Report of the Indian Hemp Drugs Commission, 1894-1895 - Volume VI
Year: 1894
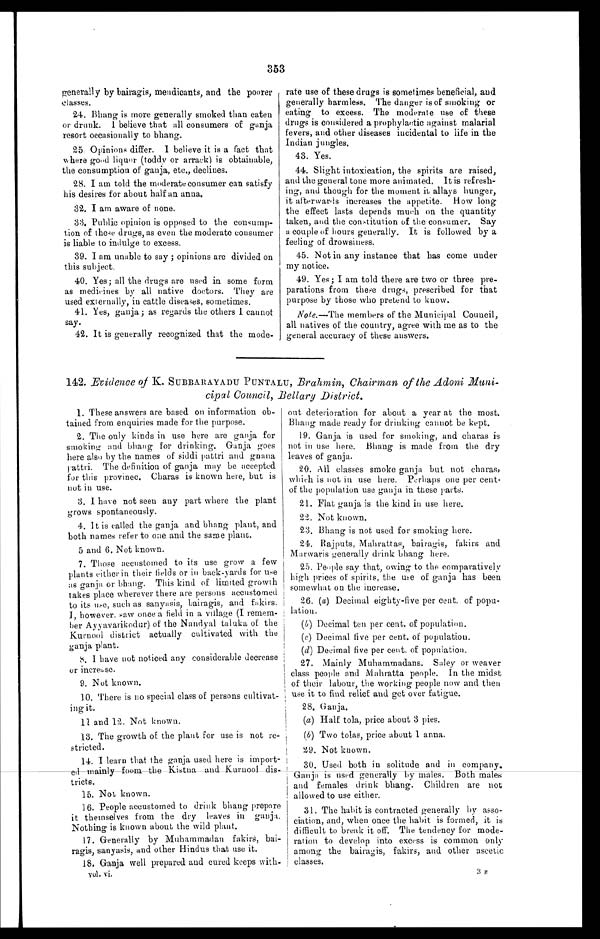
353
generally by bairagis, mendicants, and the poorer
classes.
24.
Bhang is more generally smoked than eaten
or drunk. I believe that all consumers of ganja
resort occasionally to bhang.
25. Opinions differ. I believe it is a fact that
where good liquor (toddy or arrack) is obtainable,
the consumption of ganja, etc., declines.
28. I am told the moderate consumer can satisfy
his desires for about half an anna.
32. I am aware of none.
33. Public opinion is opposed to the consump-
tion of these drugs, as even the moderate consumer
is liable to indulge to excess.
39.
I am unable to say ; opinions are divided on
this subject.
40. Yes; all the drugs are used in some form
as medicines by all native doctors, They are
used externally, in cattle diseases, sometimes.
41. Yes, ganja; as regards the others I cannot
say.
42. It is generally recognized that the mode-
rate use of these drugs is sometimes beneficial, and
generally harmless. The danger is of smoking or
eating to excess. The moderate use of these
drugs is considered a prophylactic against malarial
fevers, and other diseases incidental to life in the
Indian jungles.
43. Yes.
44. Slight intoxication, the spirits are raised,
and the general tone more animated. It is refresh-
ing, and though for the moment it allays hunger,
it afterwards increases the appetite. How long
the effect lasts depends much on the quantity
taken, and the constitution of the consumer. Say
a couple of hours generally. It is followed by a
feeling of drowsiness,
45. Not in any instance that has come under
my notice.
49. Yes; I am told there are two or three pre-
parations from these drugs, prescribed for that
purpose by those who pretend to know.
Note.—The members of the Municipal Council,
all natives of the country, agree with me as to the
general accuracy of these answers.
142. Evidence of K. SUBBARAYADU PUNTALU, Brahmin, Chairman of the Adoni Muni-
cipal Council, Bellary District.
1. These answers are based on information ob-
tained from enquiries made for the purpose.
2. The only kinds in use here are ganja for
smoking and bhang for drinking, Ganja goes
here also by the names of siddi pattri and gnana
pattri. The definition of ganja may be accepted
for this provinee. Charas is known here, but is
nut in use.
3. I have not seen any part where the plant
grows spontaneously.
4. It is called the ganja and bhang plant, and
both names refer to one and the same plant.
5 and 6, Not known.
7. Those accustomed to its use grow a few
plants either in their fields or in back-yards for use
as ganja or bhang. This kind of limited growth
takes place wherever there are persons accustomed
to its use, such as sanyasis, bairagis, and fakirs.
I however. saw once a field in a village (I remem-
ber Ayyavarikodur) of the Nandyal taluka of the
Kurnool district actually cultivated with the
ganja plant.
8.
I have not noticed any considerable decrease
or increase.
9. Not known.
10. There is no special class of persons cultivat
ing it.
11 and 12. Not known.
13. The growth of the plant for use is not re-
stricted.
14. I learn that the ganja used here is impor-
t
ed mainly foom the Kistna and Kurnool dis
tricts.
15. Not known.
16. People accustomed to drink bhang prepare
it themselves from the dry leaves in ganja.
Nothing is known about the wild plant.
17. Generally by Muhammadan fakirs, bai-
ragis, sanyasis, and other Hindus that use it.
18. Ganja well prepared and cured keeps
with- vol. vi.
out deterioration for about a year at the most.
Bhang made ready for drinking cannot be kept.
19. Ganja is used for smoking, and charas is
not in use here. Bhang is made from the dry
leaves of ganja.
20. All classes smoke ganja but not charas,
which is not in use here. Perhaps one per cent.
of the population use ganja in these parts.
21. Flat ganja is the kind in use here.
22. Not known.
23, Bhang is not used for smoking here.
24. Rajputs, Mahrattas, bairagis, fakirs and
Marwaris generally drink bhang here.
25. People say that, owing to the comparatively
high prices of spirits, the use of ganja has been
somewhat on the increase.
26. (a) Decimal eighty-five per cent. of popu-
lation.
(b) Decimal ten per cent. of population.
(c) Decimal five per cent, of population,
(d) Decimal five per cent, of population.
27. Mainly Muhammadans. Saley or weaver
class people and Mahratta people. In the midst
of their labour, the working people now and then
use it to find relief and get over fatigue.
28. Ganja.
(a) Half tola, price about 3 pies.
(b) Two tolas, price about 1 anna.
29. Not known.
30. Used both in solitude and in company.
Ganja is used generally by males. Both males
and females drink bhang. Children are not
allowed to use either.
31. The habit is contracted generally by asso
-
ciation, and, when once the habit is formed, it is
difficult to break it off. The tendency for mode-
ration to develop into excess is common only
among the bairagis, fakirs, and other ascetic
classes.